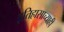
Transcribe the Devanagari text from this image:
इतिहासाच्याही